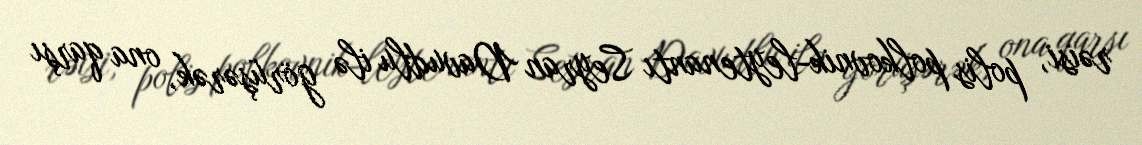
rəisi, polis polkovnik-leytenantı Seyran Davudlu ilə görüşərək, ona qarşı